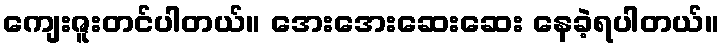
ကျေးဇူးတင်ပါတယ်။ အေးအေးဆေးဆေး နေခဲ့ရပါတယ်။